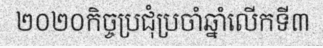
២០២០កិច្ចប្រជុំប្រចាំឆ្នាំលើកទី៣